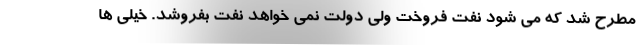
مطرح شد که می شود نفت فروخت ولی دولت نمی خواهد نفت بفروشد. خیلی ها